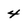
Character: 4